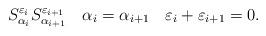
LaTeX: \begin{align*}S^{\varepsilon_i}_{\alpha_i} S^{\varepsilon_{i+1}}_{\alpha_{i+1}}\quad\alpha_i=\alpha_{i+1}\quad\varepsilon_i+\varepsilon_{i+1}=0.\end{align*}